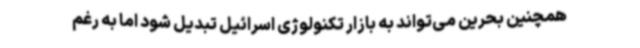
همچنین بحرین می‌تواند به بازار تکنولوژی اسرائیل تبدیل شود اما به رغم